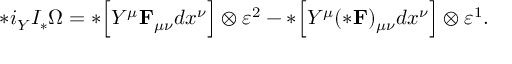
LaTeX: * i _ { Y } { \cal I } _ { * } \Omega = * \Bigl [ Y ^ { \mu } { \bf F } _ { \mu \nu } d x ^ { \nu } \Bigr ] \otimes \varepsilon ^ { 2 } - * \Bigl [ Y ^ { \mu } ( * { \bf F } ) _ { \mu \nu } d x ^ { \nu } \Bigr ] \otimes \varepsilon ^ { 1 } .